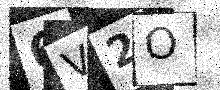
Text: 6V2O